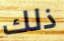
ذلك